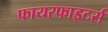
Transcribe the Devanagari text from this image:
फायरफाइटर्स